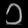
Digit: ၁